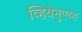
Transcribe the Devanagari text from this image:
व्हियेनुएव्ह